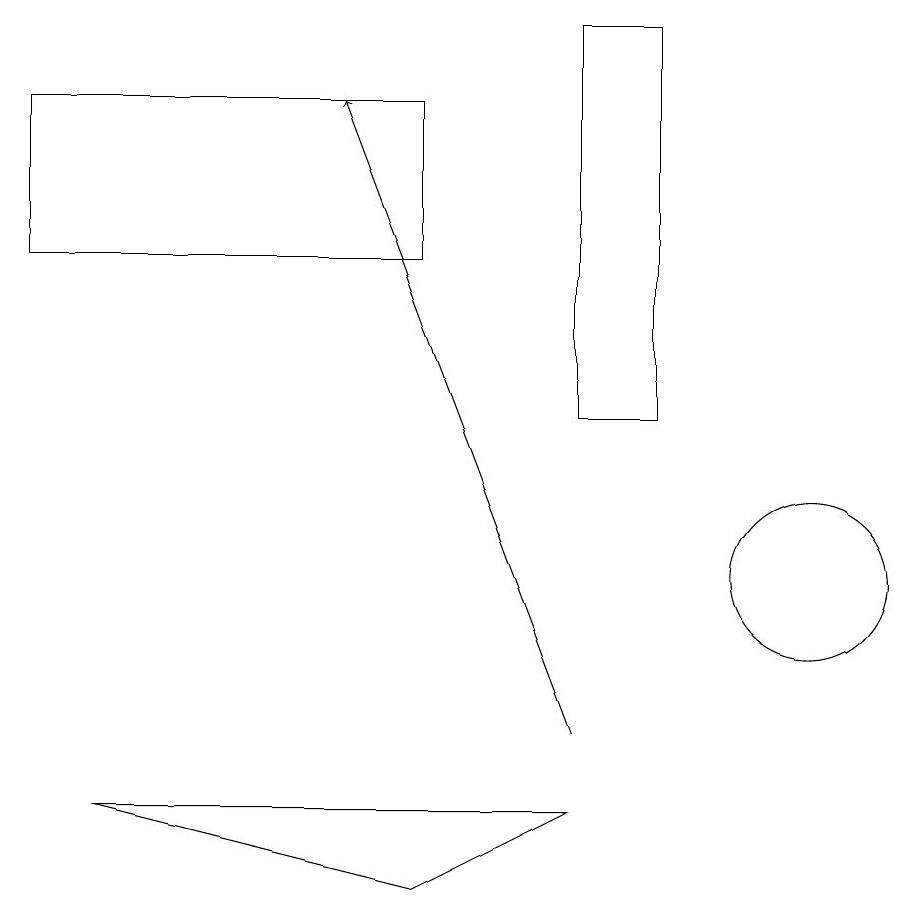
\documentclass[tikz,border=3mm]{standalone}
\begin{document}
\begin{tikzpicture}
\draw (1,16) rectangle (6,18);
\draw[->] (8,10) -- (5,18);
\draw (9,14) rectangle (8,19);
\draw (8,9) -- (2,9) -- (6,8) -- cycle;
\draw (11,12) circle (1);
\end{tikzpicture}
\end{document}